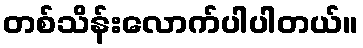
တစ်သိန်းလောက်ပါပါတယ်။